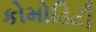
કોમોડિટી